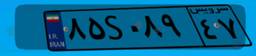
۸۵S۰۸۹۴۷